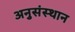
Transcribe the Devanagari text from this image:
अनुसंस्थान